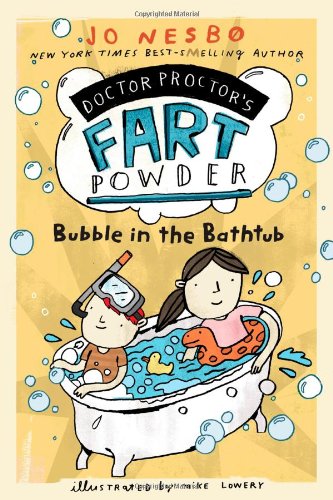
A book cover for Bubble in the Bathtub (Doctor Proctor's Fart Powder); Jo Nesbo; Children's Books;